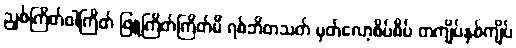
ညှစ်ကြိတ်ဝါကြိတ် ဖြူကြိတ်ကြိတ်မိ ရစ်ဘိတသတ် မှတ်လော့စိပ်စိပ် တကျိပ်နှစ်ကျိပ်